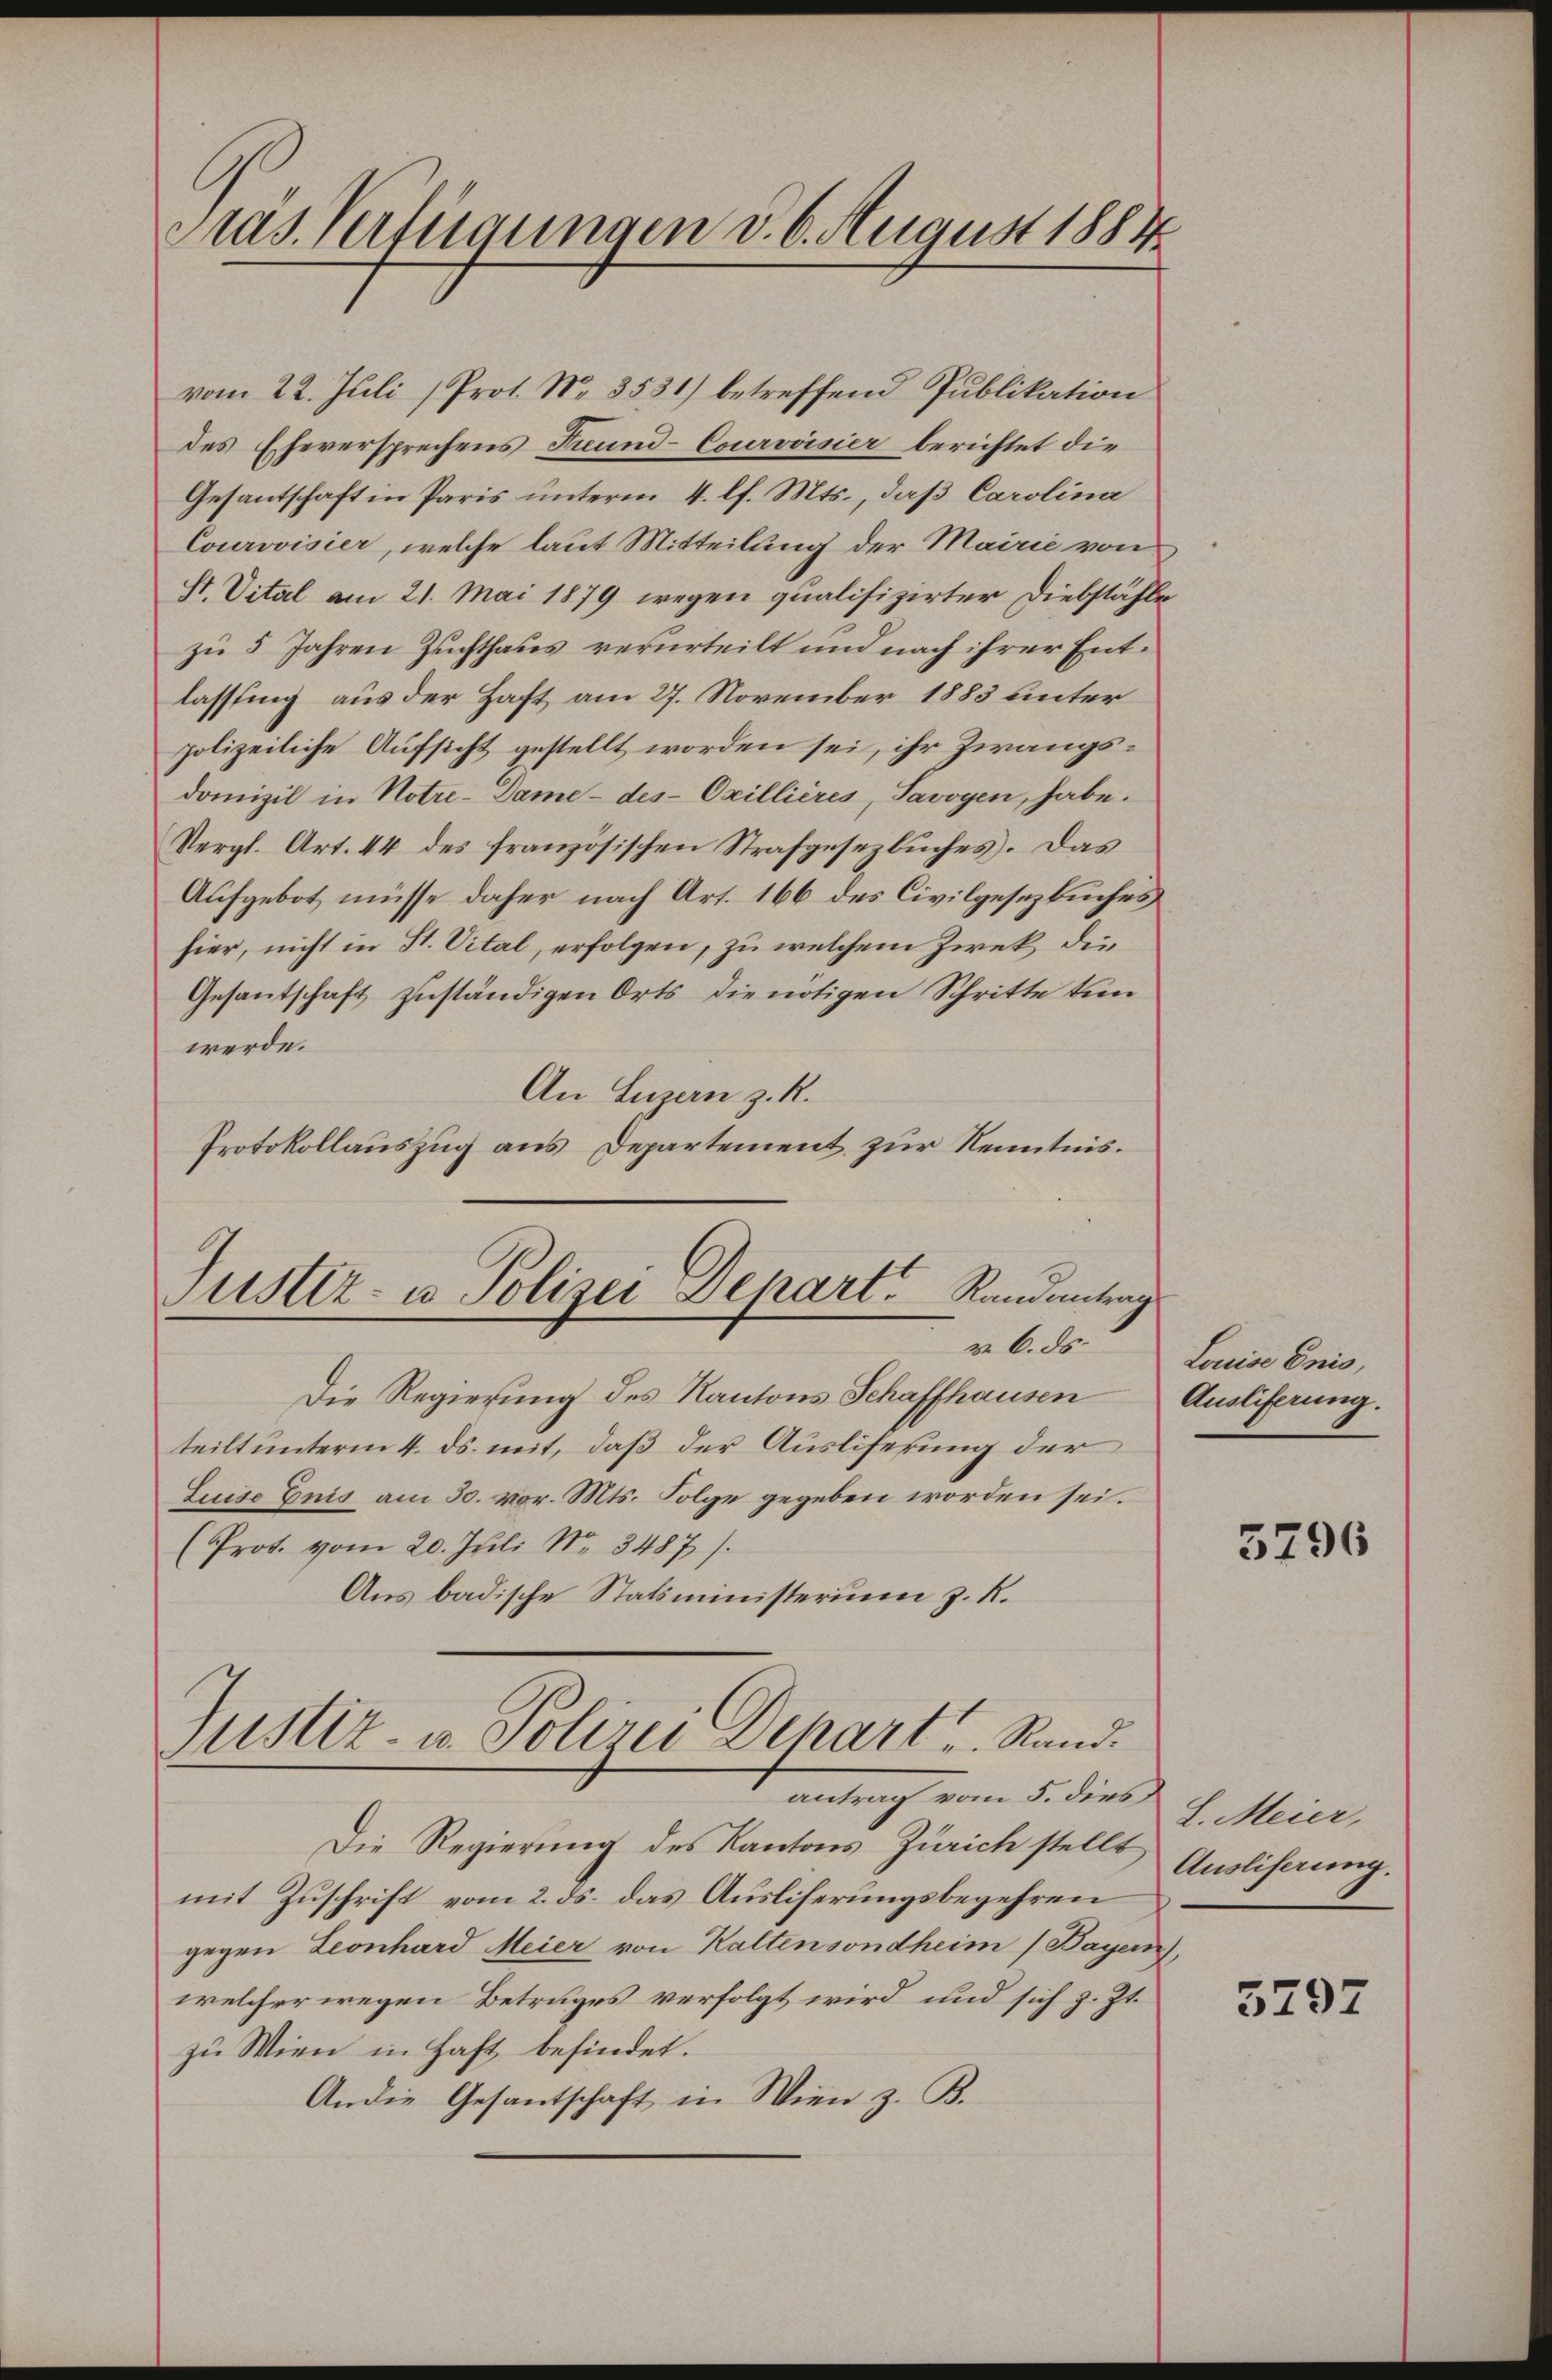
Pras. Verfügungen d. 6. August 1884

vom 22. Juli (Prot. N. 3531) betreffend Publikation
des Eheversprechens Freund-Courvoisier berichtet die
Gesantschaft in Paris unterm 4. lf. Mts., daß Carolina
Courovisier, welche laut Mitteilung der Mairić von
St. Vital am 21. Mai 1879 wegen qualifizirter Diebstähle
zu 5 Jahren Zuchthaus verurteilt und nach ihrer Entlassung aus der Haft am 27. November 1883 unter
polizeiliche Aufsicht gestellt worden sei, ihr Zwangsdomizil in Notre-Dame - des Oxillières, Savoyen, habe.
Vergl. Art. 44 des französischen Strafgesezbuches. Das
Aufgebot müsse daher nach Art. 166 des Civilgesezbuches
hier, nicht in St. Vital, erfolgen, zu welchem Zwek die
Gesantschaft zuständigen Orts die nötigen Schritte ken
werde.
An Luzern z. R.
Protokollauszug aus Departement zur Kenntnis.
Justiz- u Polizei-Depart. Randantrag
v. 6. ds.
Die Regierung des Kantons Schaffhausen
teilt unterm 4. ds. mit, daß der Ausliferung der
Luise Enis am 30. vor. Mts. Folge gegeben worden sei.
Prot. vom 20. Juli Nr. 3487 s.
Aus badische Statsministerium z. R.

Justiz- u. Polizei Dehart u. Stand.
antrag vom 5. dies
Die Regierung des Kantons Zürich stellt

mit Zuschrift vom 2. ds. das Ausliferungsbegehren
gegen Leonhard Meier von Kaltensondheim (Bayern),
welcher wegen Betruges verfolgt wird und sich z. Zt.
zu Wien in Haft befindet.
An die Gesantschaft in Wien z. B.

Louise Anis,
Ausliferung.

2

5796

L. Meier,
Ausliferung.

3297